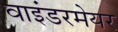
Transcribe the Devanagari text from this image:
वाइंडरमेयर